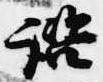
諮